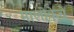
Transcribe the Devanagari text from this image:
मालीकेचे